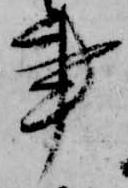
事